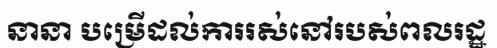
នានា បម្រើដល់ការរស់នៅរបស់ពលរដ្ឋ